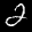
Label: 2